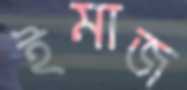
ইমাজ